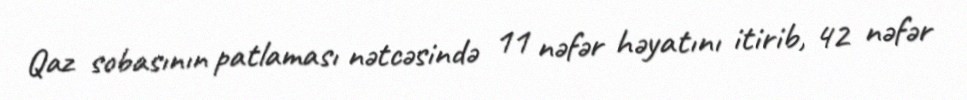
Qaz sobasının patlaması nətcəsində 11 nəfər həyatını itirib, 42 nəfər